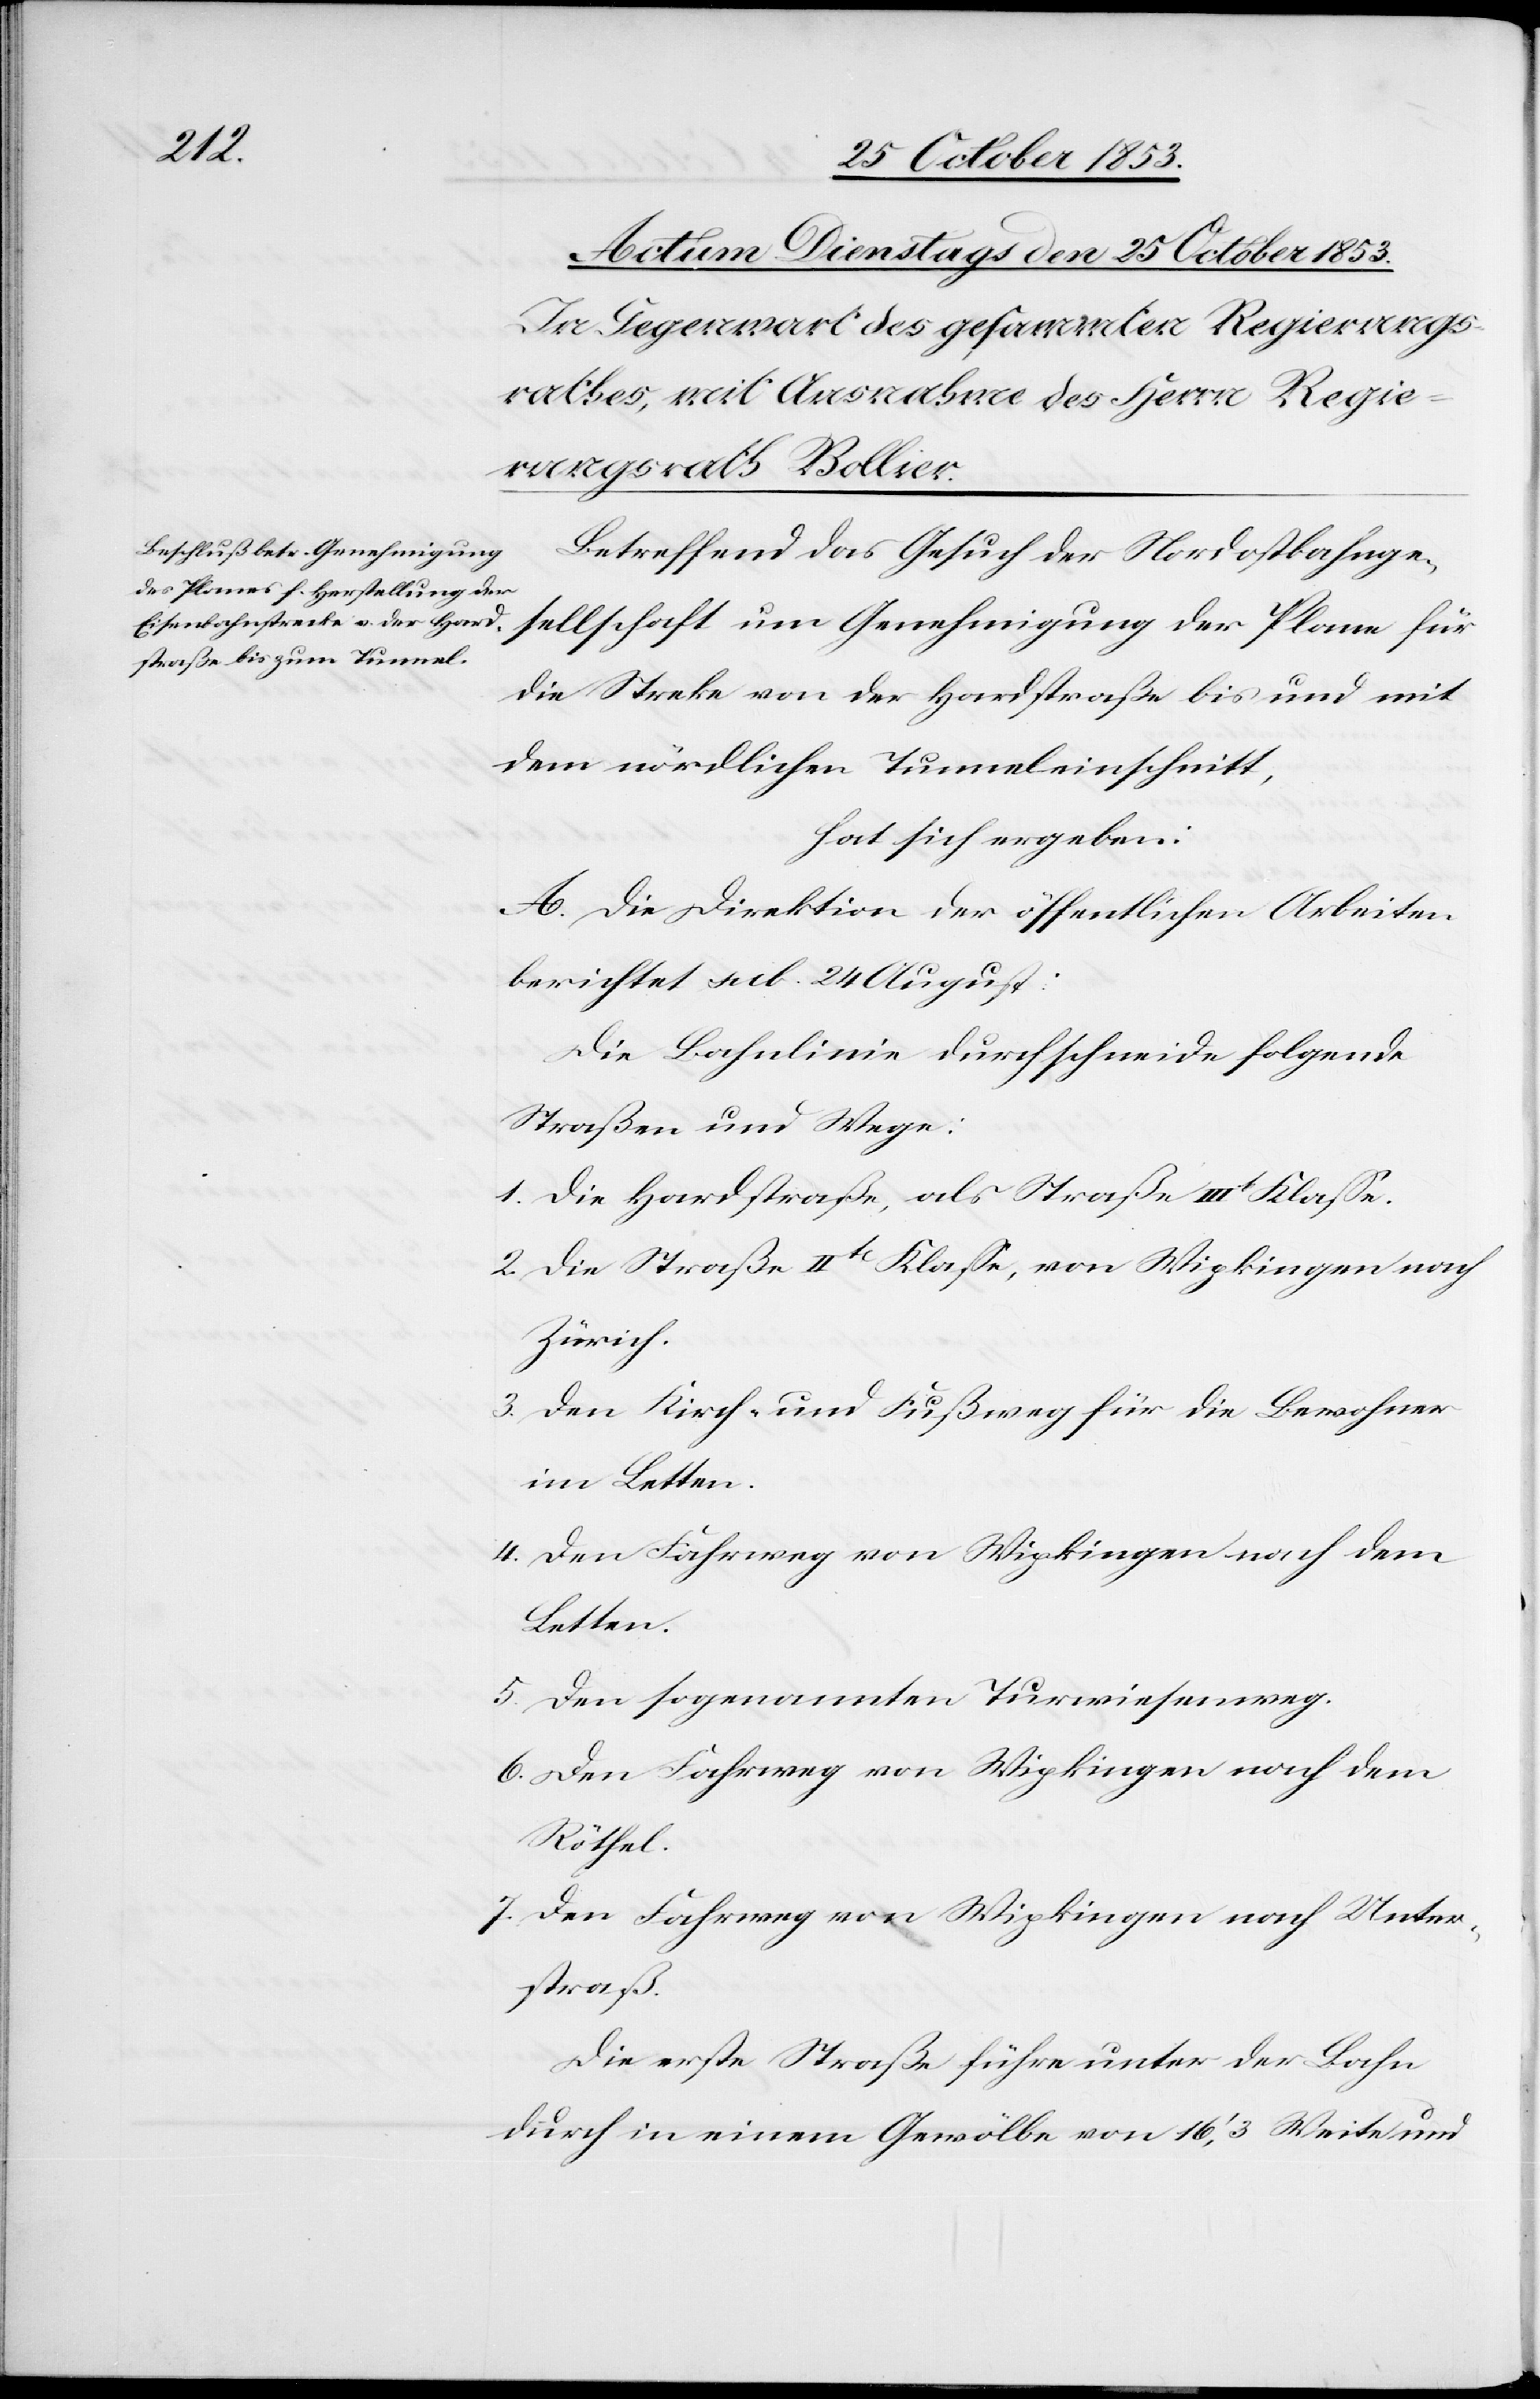
Betreffend das Gesuch der Nordostbahnge¬
sellschaft um Genehmigung der Plane für
die Strecke von der Hardstraße bis und mit
dem nördlichen Tunneleinschnitt,
hat sich ergeben:
A. Die Direktion der öffentlichen Arbeiten
berichtet sub. 24 August:
Bahnlinie durchschneide folgende
Straßen und Wege:
1. Die Hardstraße, als Straße IIIt Klaße.
2. Die Straße IItr Klaße, von Wipkingen nach
Zürich
3. Den Kirch- und Fußweg für die Bewohner
im Letten.
4. Den Fahrweg von Wipkingen nach dem
Letten.
5. Den sogenannten Turwiesenweg.
6. Den Fahrweg von Wipkingen nach dem
Röthel.
7. Den Fahrweg von Wipkingen nach Unter¬
straß.
Die erste Straße führe unter der Bahn
durch in einem Gewölbe von 16’, 3 Weite und